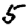
Digit: 5